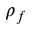
\rho _ { f }